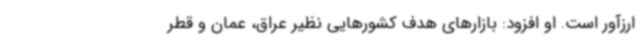
ارزآور است. او افزود: بازارهای هدف کشورهایی نظیر عراق، عمان و قطر